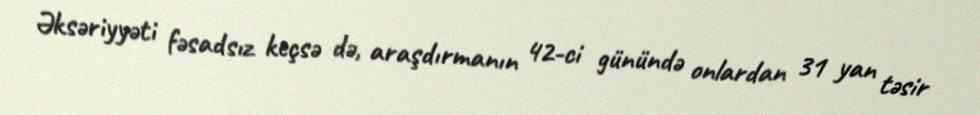
Əksəriyyəti fəsadsız keçsə də, araşdırmanın 42-ci günündə onlardan 31 yan təsir